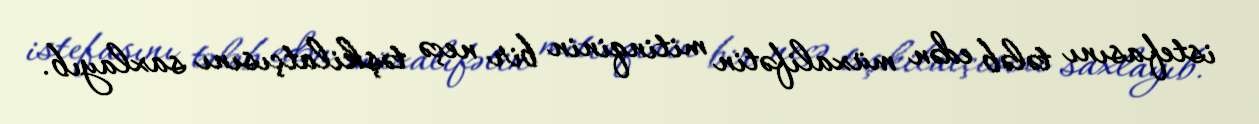
istefasını tələb edən müxalifətin mitinqinin bir neçə təşkilatçısını saxlayıb.